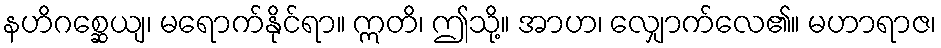
နဟိဂစ္ဆေယျ၊ မရောက်နိုင်ရာ။ ဣတိ၊ ဤသို့။ အာဟ၊ လျှောက်လေ၏။ မဟာရာဇ၊